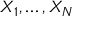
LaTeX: X _ { 1 } , \ldots , X _ { N }